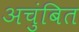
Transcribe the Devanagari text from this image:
अचुंबित